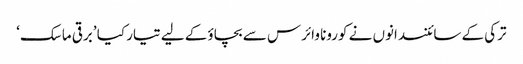
ترکی کے سائنسدانوں نے کورونا وائرس سے بچاؤ کے لیے تیار کیا ’برقی ماسک‘